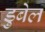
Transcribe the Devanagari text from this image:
डुबेल